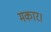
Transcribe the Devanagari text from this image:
मकार।